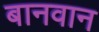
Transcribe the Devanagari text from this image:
बानवान